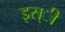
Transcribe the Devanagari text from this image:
इस्ी